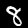
Digit: 8